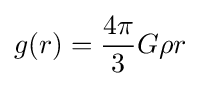
g(r)={\frac {4\pi }{3}}G\rho r